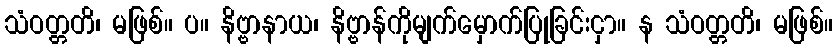
သံဝတ္တတိ၊ မဖြစ်။ ပ။ နိဗ္ဗာနာယ၊ နိဗ္ဗာန်ကိုမျက်မှောက်ပြုခြင်းငှာ။ န သံဝတ္တတိ၊ မဖြစ်။